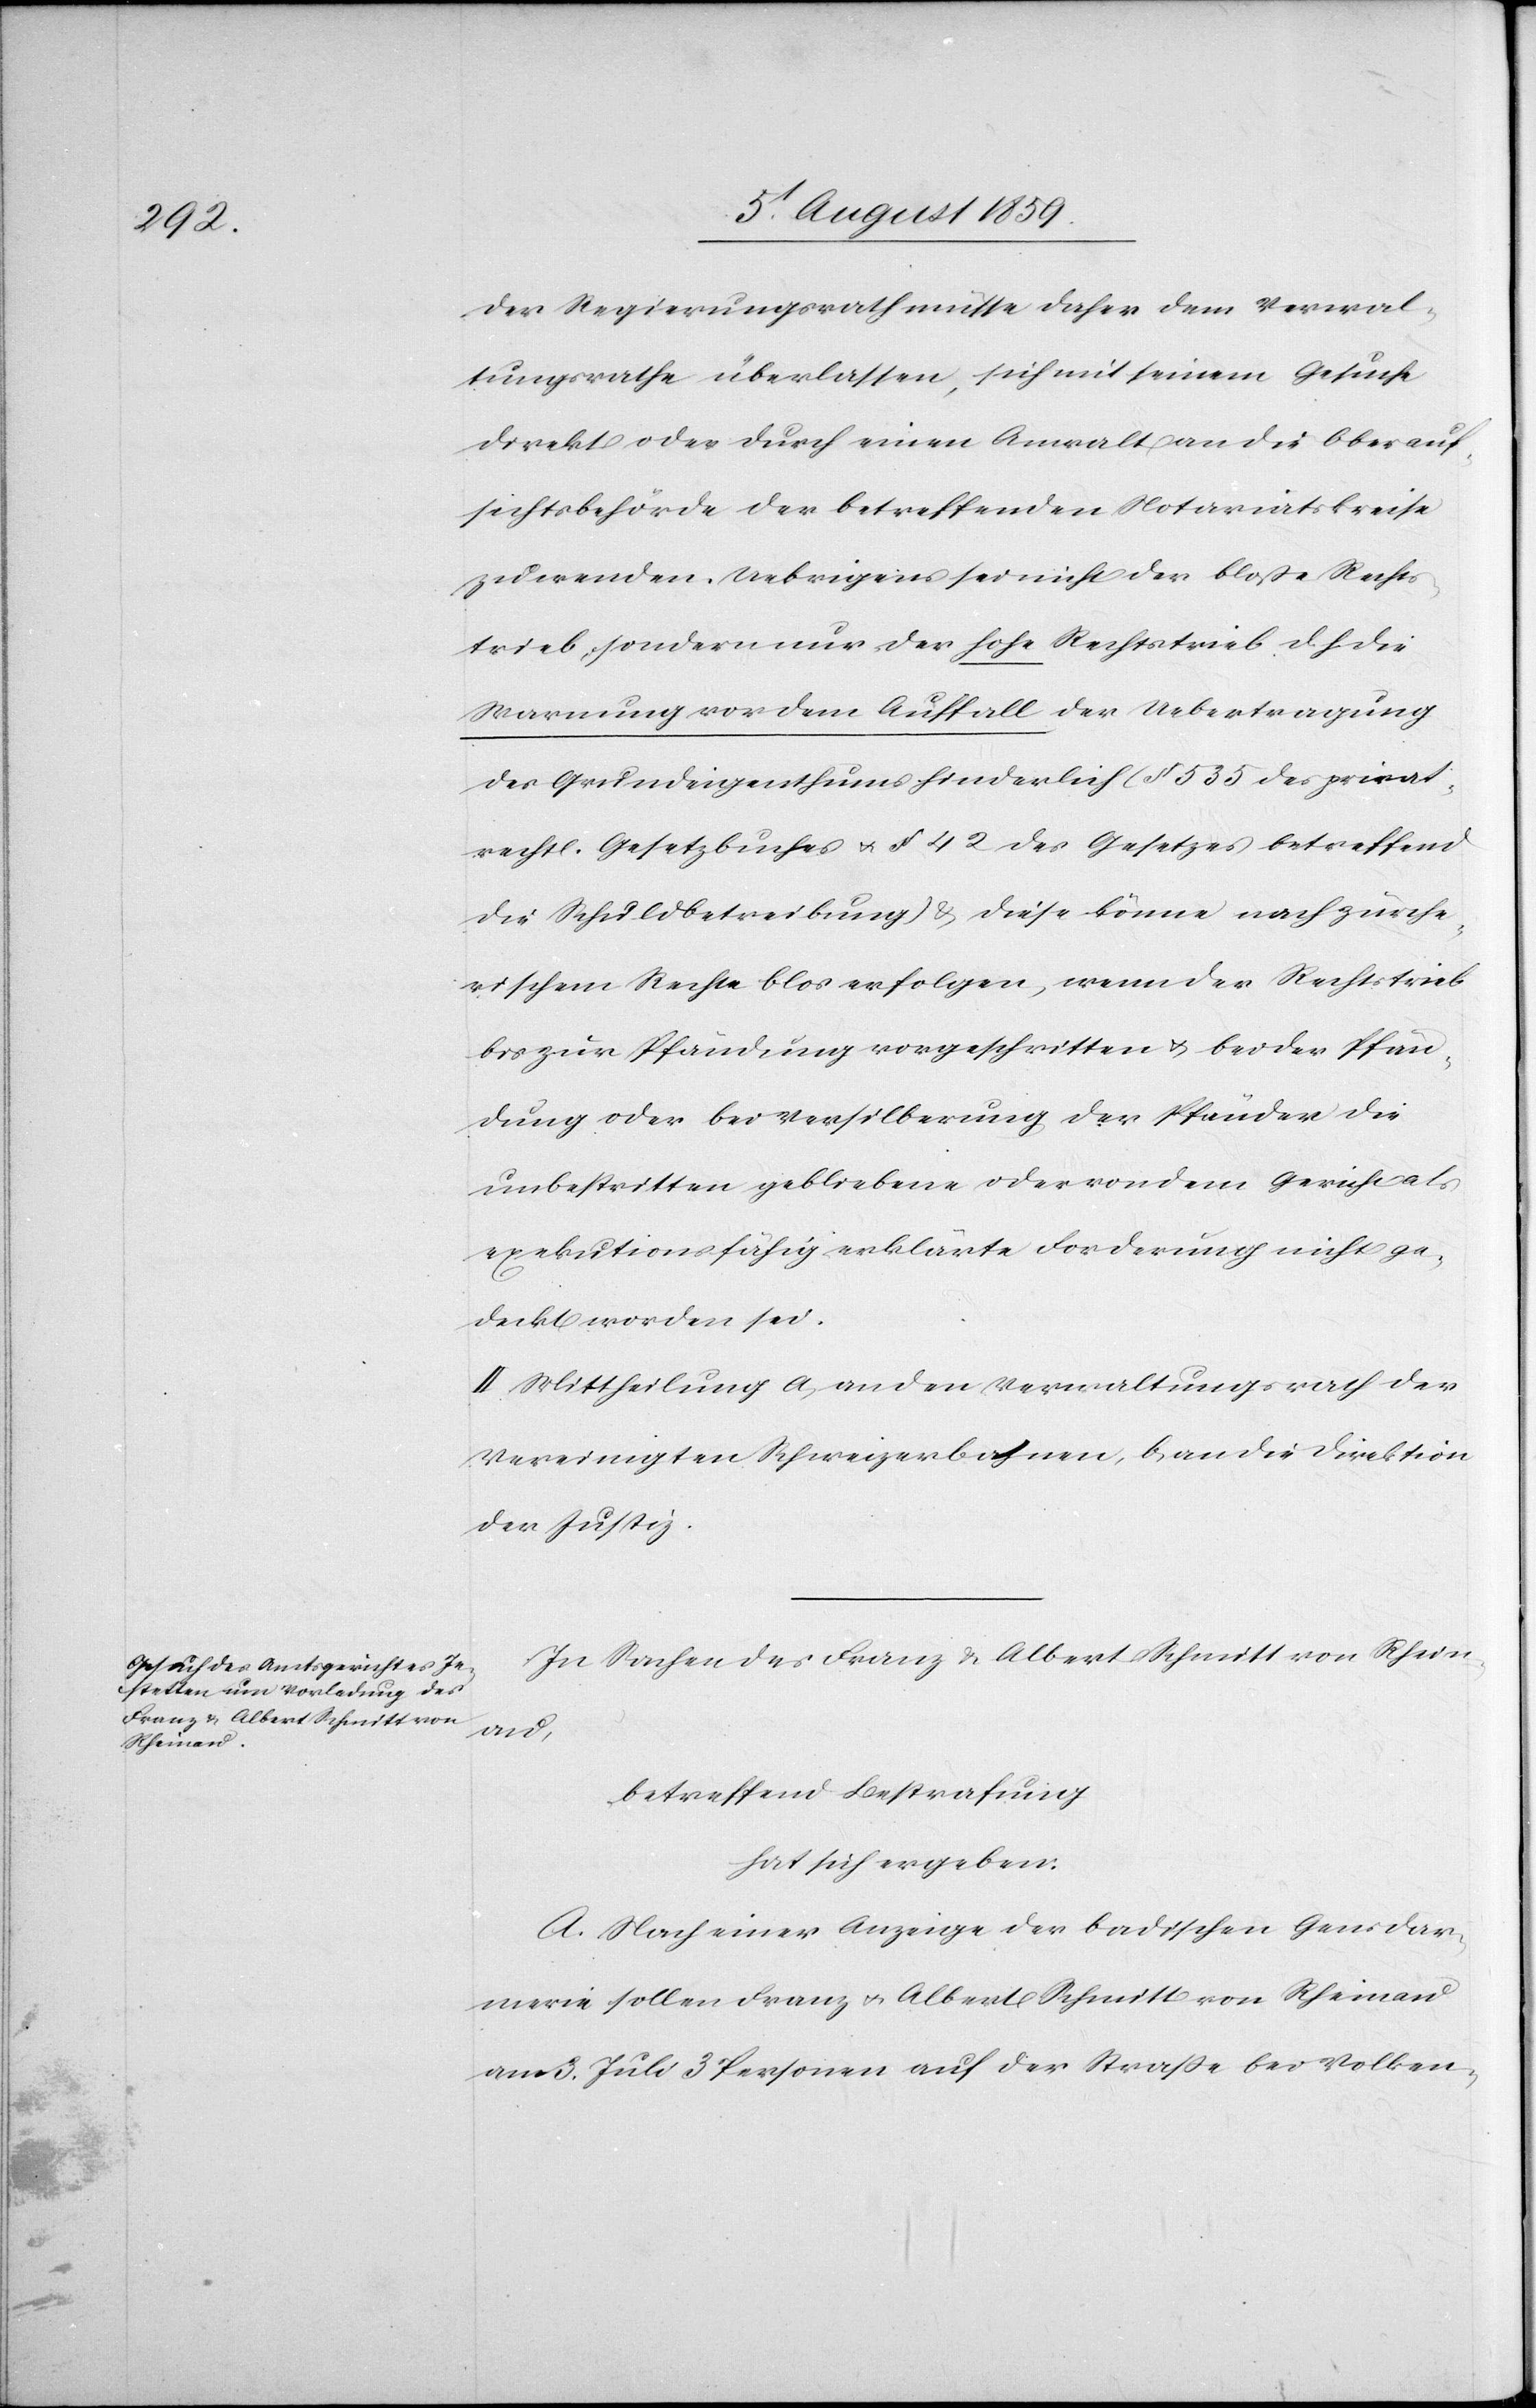
Franz u. Albert Schmitt von
Rheinau

der Regierungsrath müsse daher dem Verwal¬
tungsrathe überlassen, sich mit seinem Gesuche
direkt oder durch einen Anwalt an die Oberauf¬
sichtsbehörde der betreffenden Notariatskreise
zu wenden. Uebrigens sei nicht der bloße Rechts¬
trieb sondern nur der hohe Rechtstrieb d. h. die
Warnung vor dem Auffall der Uebertragung
des Grundeigenthums hinderlich (§ 535 des privat¬
rechtl. Gesetzbuches u. § 42 des Gesetzes betreffend
die Schuldbetreibung) u. diese könne nach zürche¬
rischem Rechte blos erfolgen, wenn der Rechtstrieb
bis zur Pfändung vorgeschritten u. bei der Pfän¬
dung oder bei Versilberung der Pfänder die
unbestritten gebliebene oder von dem Gericht als
exekutionsfähig erklärte Forderung nicht ge¬
deckt worden sei.
II: Mittheilung a, an den Verwaltungsrath der
Vereinigten Schweizerbahnen, b, an die Direktion
der Justiz.
In Sachen des Franz u. Albert Schmitt von Rhein¬
merie
betreffend Bestrafung
hat sich ergeben:
A. Nach einer Anzeige der badischen Gensdar¬
am 3. Juli 3 Personen auf der Straße bei Volken-